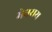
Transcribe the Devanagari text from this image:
मेघराय